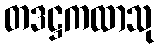
တဒဋ္ဌကထာသု